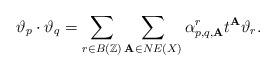
LaTeX: \begin{align*}\vartheta_p \cdot \vartheta_q = \sum_{r \in B(\mathbb{Z})}\sum_{\textbf{A} \in NE(X)} \alpha_{p,q,\textbf{A}}^rt^\textbf{A}\vartheta_r.\end{align*}